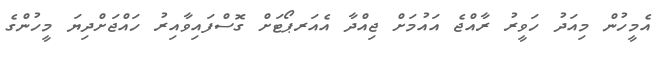
އެމީހުން މިއަދު ހަވީރު ރާއްޖެ އައުމަށް ޖިއްދާ އެއަރޕޯޓަށް ގޮސްފައިވާއިރު ހައްޖަށްދިޔަ މީހުންގެ